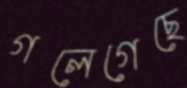
গলেগেছে